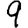
Digit: 9